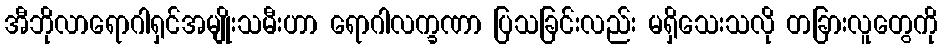
အီဘိုလာရောဂါရှင်အမျိုးသမီးဟာ ရောဂါလက္ခဏာ ပြသခြင်းလည်း မရှိသေးသလို တခြားလူတွေကို